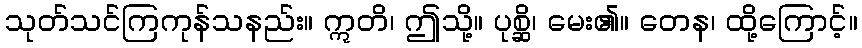
သုတ်သင်ကြကုန်သနည်း။ ဣတိ၊ ဤသို့။ ပုစ္ဆိ၊ မေး၏။ တေန၊ ထို့ကြောင့်။